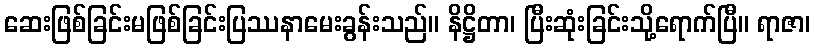
ဆေးဖြစ်ခြင်းမဖြစ်ခြင်းပြဿနာမေးခွန်းသည်။ နိဋ္ဌိတာ၊ ပြီးဆုံးခြင်းသို့ရောက်ပြီ။ ရာဇာ၊